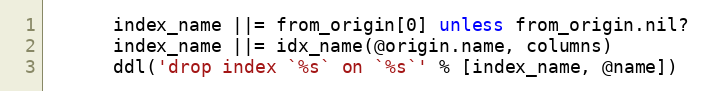
Language: Ruby
      index_name ||= from_origin[0] unless from_origin.nil?
      index_name ||= idx_name(@origin.name, columns)
      ddl('drop index `%s` on `%s`' % [index_name, @name])